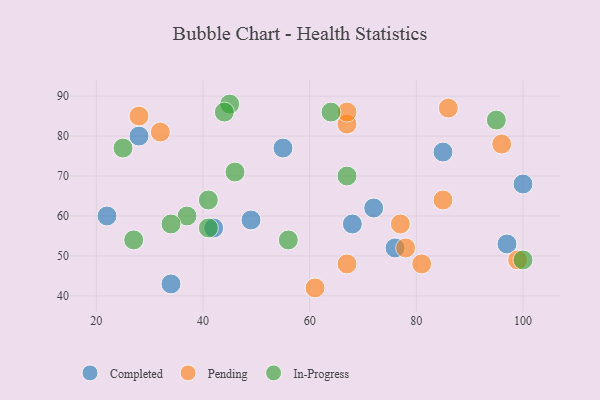
{"axis": {"x": "GDP", "y": "Life Expectancy"}, "legend": ["Completed", "In-Progress", "Pending"], "data": [{"x": "85", "y": 76, "type": "Completed"}, {"x": "100", "y": 68, "type": "Completed"}, {"x": "76", "y": 52, "type": "Completed"}, {"x": "97", "y": 53, "type": "Completed"}, {"x": "22", "y": 60, "type": "Completed"}, {"x": "49", "y": 59, "type": "Completed"}, {"x": "34", "y": 43, "type": "Completed"}, {"x": "55", "y": 77, "type": "Completed"}, {"x": "72", "y": 62, "type": "Completed"}, {"x": "28", "y": 80, "type": "Completed"}, {"x": "42", "y": 57, "type": "Completed"}, {"x": "68", "y": 58, "type": "Completed"}, {"x": "81", "y": 48, "type": "Pending"}, {"x": "67", "y": 83, "type": "Pending"}, {"x": "28", "y": 85, "type": "Pending"}, {"x": "96", "y": 78, "type": "Pending"}, {"x": "67", "y": 48, "type": "Pending"}, {"x": "77", "y": 58, "type": "Pending"}, {"x": "67", "y": 86, "type": "Pending"}, {"x": "32", "y": 81, "type": "Pending"}, {"x": "78", "y": 52, "type": "Pending"}, {"x": "86", "y": 87, "type": "Pending"}, {"x": "85", "y": 64, "type": "Pending"}, {"x": "61", "y": 42, "type": "Pending"}, {"x": "99", "y": 49, "type": "Pending"}, {"x": "67", "y": 70, "type": "In-Progress"}, {"x": "46", "y": 71, "type": "In-Progress"}, {"x": "41", "y": 64, "type": "In-Progress"}, {"x": "45", "y": 88, "type": "In-Progress"}, {"x": "27", "y": 54, "type": "In-Progress"}, {"x": "64", "y": 86, "type": "In-Progress"}, {"x": "25", "y": 77, "type": "In-Progress"}, {"x": "37", "y": 60, "type": "In-Progress"}, {"x": "100", "y": 49, "type": "In-Progress"}, {"x": "95", "y": 84, "type": "In-Progress"}, {"x": "41", "y": 57, "type": "In-Progress"}, {"x": "44", "y": 86, "type": "In-Progress"}, {"x": "56", "y": 54, "type": "In-Progress"}, {"x": "34", "y": 58, "type": "In-Progress"}]}